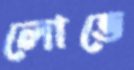
লোভে